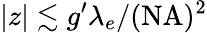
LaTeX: |z|\lesssim g^{\prime}\lambda_{e}/(\mathrm{NA})^{2}